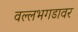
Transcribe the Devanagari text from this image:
वल्लभगडावर